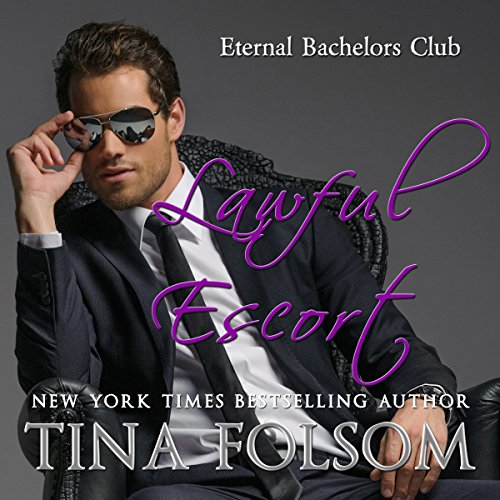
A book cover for Lawful Escort: Eternal Bachelors Club, Book 1; Tina Folsom; Romance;